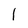
Character: 1